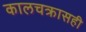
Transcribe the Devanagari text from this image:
कालचक्रासही